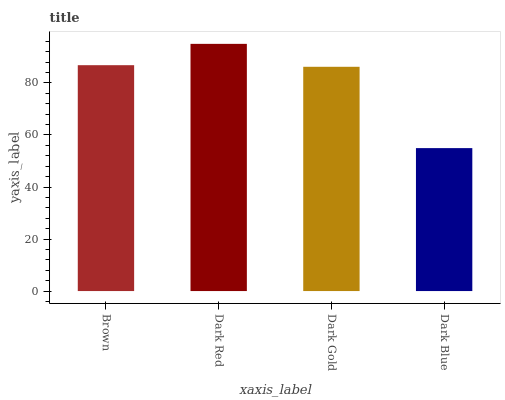
| xaxis_label | bars |
 | --- | --- |
 | Brown | 86.8 |
 | Dark Red | 95 |
 | Dark Gold | 86.2 |
 | Dark Blue | 55 |